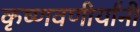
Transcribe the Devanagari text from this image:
कृष्णवणीर्यांनी